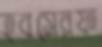
হবসেরফ